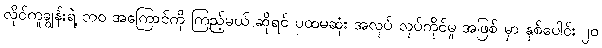
လိုင်ကူချွန်းရဲ့ ဘ၀ အကြောင်ကို ကြည့်မယ် ဆိုရင် ပထမဆုံး အလုပ် လုပ်ကိုင်မှု အဖြစ် မှာ နှစ်ပေါင်း ၂၀